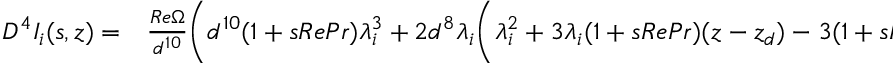
\begin{array} { r l } { D ^ { 4 } I _ { i } ( s , z ) = } & { { } \frac { R e \Omega } { d ^ { 1 0 } } \Bigg ( d ^ { 1 0 } ( 1 + s R e P r ) \lambda _ { i } ^ { 3 } + 2 d ^ { 8 } \lambda _ { i } \bigg ( \lambda _ { i } ^ { 2 } + 3 \lambda _ { i } ( 1 + s R e P r ) ( z - z _ { d } ) - 3 ( 1 + s R e P r ) \bigg ) } \end{array}